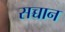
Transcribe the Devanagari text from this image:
सच्चान